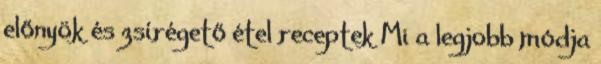
előnyök és zsírégető étel receptek Mi a legjobb módja